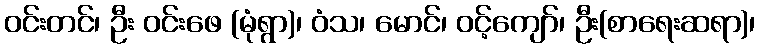
ဝင်းတင်၊ ဦး ဝင်းဖေ (မုံရွာ)၊ ဝံသ၊ မောင်၊ ဝင့်ကျော်၊ ဦး(စာရေးဆရာ)၊